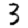
Digit: 3